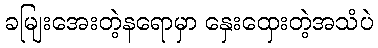
ခမျြးအေးတဲ့နရောမှာ နှေးထှေးတဲ့အသံပဲ